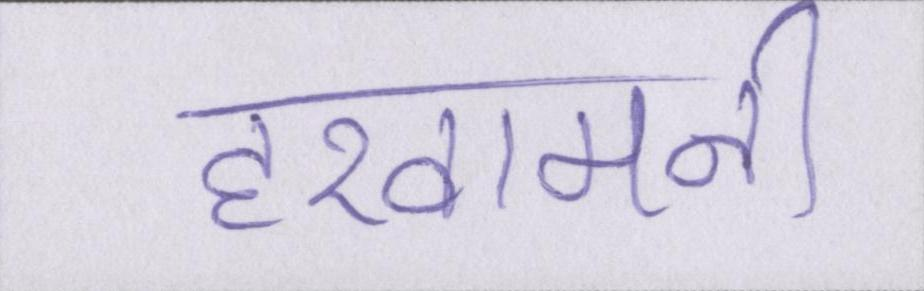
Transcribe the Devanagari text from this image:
हखामनी